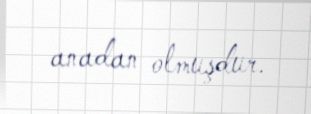
anadan olmuşdur.